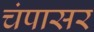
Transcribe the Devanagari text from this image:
चंपासर